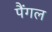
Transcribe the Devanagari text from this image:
पैंगल